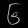
Digit: ၆